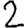
Digit: 2